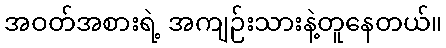
အဝတ်အစားရဲ့ အကျဉ်းသားနဲ့တူနေတယ်။